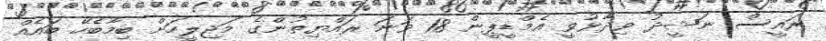
ރައީސް ނަޝީދު ވިދާޅުވީ އެމްޑީޕީން 18 ވަނަ ރައްޔިތުންގެ މަޖިލީހަށް ބިމާބެހޭ ބައެއް